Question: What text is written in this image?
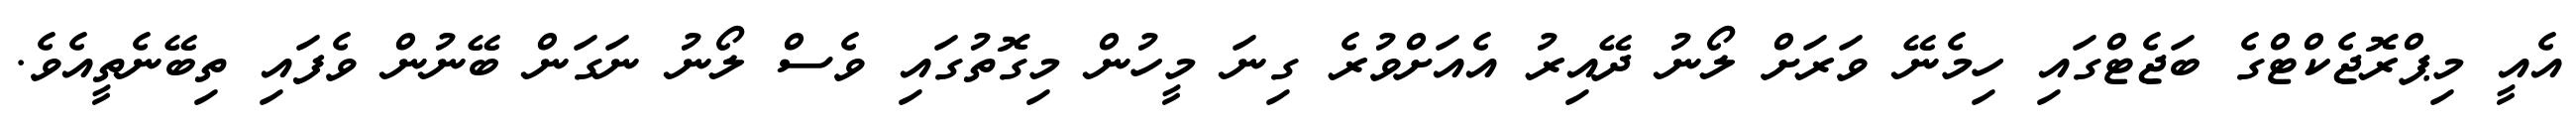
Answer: އެއީ މިޕްރޮޖެކްޓްގެ ބަޖެޓްގައި ހިމެނޭ ވަރަށް ލޯނު ދޭއިރު އެއަށްވުރެ ގިނަ މީހުން މިގޮތުގައި ވެސް ލޯނު ނަގަން ބޭނުން ވެފައި ތިބޭނެތީއެވެ.